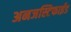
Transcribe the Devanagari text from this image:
अनजस्टिफाईड